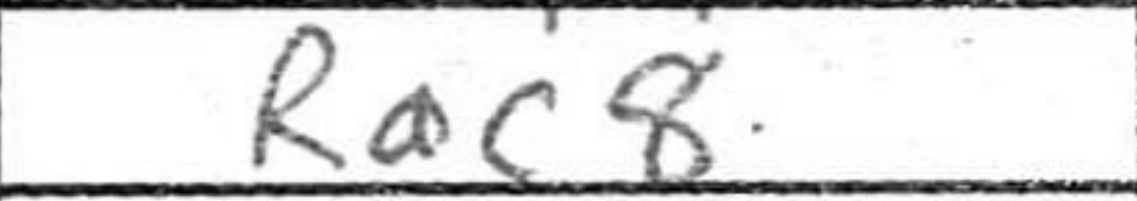
Transcription: Rac8